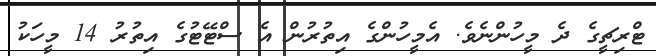
ޓްރިޗީގެ ދެ މީހުންނެވެ. އެމީހުންގެ އިތުރުން އެ ސްޓޭޓުގެ އިތުރު 14 މީހަކު